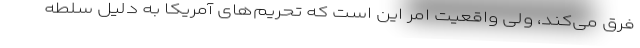
فرق می‌کند، ولی واقعیت امر این است که تحریم‌های آمریکا به دلیل سلطه